Vaccination in Bombay 1913-1923 - 1913-1923
Year: 1913
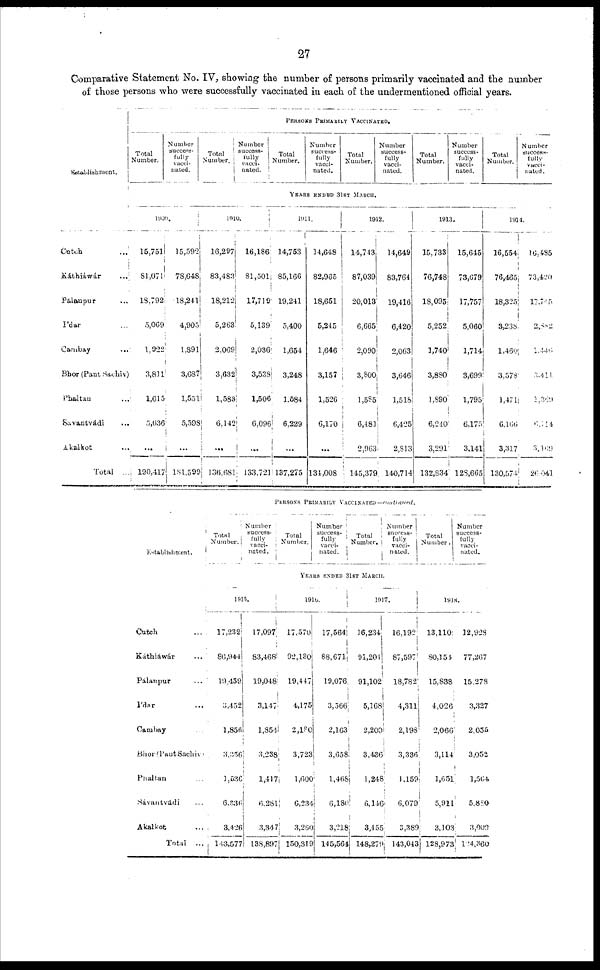
27
Comparative Statement No. IV, showing the number of persons primarily vaccinated and the number
of those persons who were successfully vaccinated in each of the undermentioned official years.
Establishment.
Cutch ...
Káthiáwár ...
Pálaupur ...
I'dar ...
Cambay ...
Bhor (Pant Sachiv)
Phaltan ...
Savantvádi ...
Akalkot ...
Total ...
PERSONS PRIMARILY VACCINATED.
Total
Number.
Number
success-
fully
vacci-
nated.
Total
Number.
Number
success¬
fully
vacci¬
natetd.
Total
Number.
Number
success-
fully
vacci-
nated.
Total
Number.
Number
success-
fully
vacci-
nated.
Total
Number.
Number
success-
fully
vacci-
nated.
Total
Number.
Number
success-
fully
vacci-
nated.
YEARS ENDED 31ST MARCH.
1909.
15,751
81,071
13,792
5,069
1,922
3,811
1,615
5,636
...
190,417
15,592
73,648
18,241
4,905
1,891
3,687
1,551
5,598
...
181,599
1910.
16,297
83,483
18,212
5,263
2,069
3,632i
1,583
6,142
...
136,681
16,186
81,501
17,719
5,139
2,036
3,538
1,506
6,096
...
133,721
1911.
14,753
85,166
19,241
5,400
1,654
3,248
1,584
6,229
...
137,275
14,648
82,965
18,651
5,245
1,646
3,157
1,526
6,170
...
134,008
1912.
14,743
87,039
20,013
6,665
2,090
3,800
1,585
6,481
2,963
145,379
14,649
83,764
19,416
6,420
2,063
3,646
1,518
6,425
2,813
140,714
1913.
15,733
76,748
18,095
5,252
1,740
3,880
1,890
6,240
3,291
132,834
15,645
73,679
17,757
5,060
1,714
3,699
1,795
6,175
3,141
128,665
1914.
16,554
76,465
18,325
3,238
1,460
3,578
1,471
6,166
3,317
130,574
16,485
73,420
17,745
2,882
1,446
3,411
1,369
6,114
3,169
26,041
Establishment.
Cutch ...
Káthiáwár ...
Pálanpur ...
I'dar ...
Cambay ...
Bhor(PantSachiv)
Phaltan ...
Sávantvádi ...
Akalkot ...
Total
...
PERSONS PRIMARILY VACCINATED
—continued.
Total
Number.
Number
success¬
fully
vacci¬
nated.
Total
Number.
Number
success¬
fully
vacci¬
nated.
Total
Number.
Number
success¬
fully
vacci-
nated.
Total
Number.
Number
success-
fully
vacci-
nated.
YEARS ENDED 31ST MARCH.
1915.
17,232
86,944
19,459
3,452
1,856
3,356
1,536
6,336
3,426
143,577
17,097
83,468
1,9,048
3,147
1,854
3,238
1,417
6,281
3,347
138,897
1916.
17,570
92,130
19,447
4,175
2,180
3,723
1,600
6,234
3,260
150,319
17,564
88,671
19,076
3,566
2,163
3,658
1,468
6,180
3,218
145,564
1917.
16,234
91,201
91,102
5,168
2,200
3,436
1,248
6,146
3,455
148,279
16,192
87,597
18,782
4,311
2,198
3,336
1,159
6,079
3,389
143,043
1918.
13,110
80,154
15,838
4,026
2,066
3,114
1,651
5,911
3,103
128,973
32,928
77,267
15,278
3,327
2,055
3,052
1,564
5,880
3,009
124,360